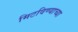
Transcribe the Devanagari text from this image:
मिटविण्याच्या